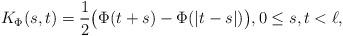
LaTeX: \begin{align*}K_\Phi(s,t)=\frac 12\big(\Phi(t+s)-\Phi(|t-s|)\big),0\le s,t<\ell,\end{align*}